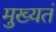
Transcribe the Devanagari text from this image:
मुख्यतं